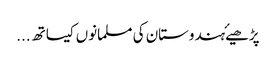
پڑھیۓہندوستان کی مسلمانوں کیساتھ ...